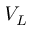
V _ { L }